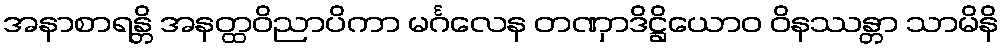
အနာစာရန္တိ အနတ္ထဝိညာပိကာ မင်္ဂလေန တဏှာဒိဋ္ဌိယောဝ ဝိနဿန္တာ သာမိနိ